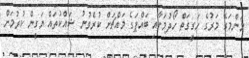
މަންމަގެ މަރުގެ ހަގީގަތް ހޯދުމަށާއި ބައްޕަގެ މައްޗަށް ކުރެވުނު ޝައްކުތައް ޔަގީން ކުރުމަށް